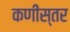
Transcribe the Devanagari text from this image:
कणीस्तर